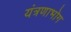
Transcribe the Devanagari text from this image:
यंत्रणाभोग